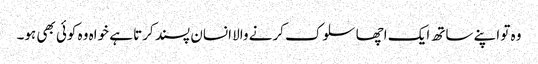
وہ تو اپنے ساتھ ایک اچھا سلوک کرنے والا انسان پسند کرتا ہے خواہ وہ کوئی بھی ہو۔